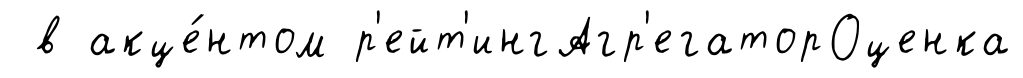
в акце́нтом р'ейт'ингАгр'егаторОценка